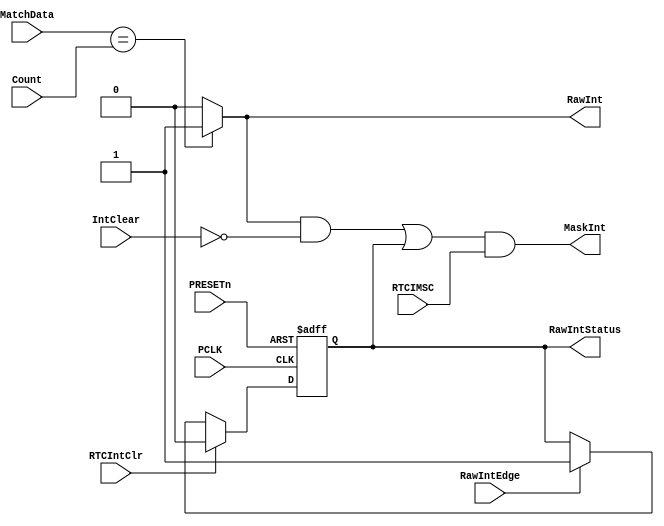
module RtcInterrupt (
                   // Inputs
                    input  	wire         PCLK,         // APB clock
                    input   wire         PRESETn,      // AMBA reset
                    input   wire [31:0]  MatchData,    // Equivalent match value
                    input   wire [31:0]  Count,        // Counter
                    input   wire         IntClear,     //
                    input   wire         RTCIMSC,      // RTC Interrupt Mask Set/Clear register
                    input   wire         RTCIntClr,    // Write enable for RTCICR
                    input 	wire         RawIntEdge,   // Asserted on low-high transition of synchronised
                                      // raw interrupt.
                    // outputs								  
                    output  reg          RawInt,       // Raw interrupt
                    output  wire         MaskInt,      // RTC interrupt
                    output  reg          RawIntStatus // Synchronised raw interrupt status
                     );


//------------------------------------------------------------------------------
//
//                             RtcInterrupt
//                             ============
//
//------------------------------------------------------------------------------
//
//==============================================================================

// -----------------------------------------------------------------------------
// Wire Declarations
// -----------------------------------------------------------------------------
wire     RawIntData;  // Raw interrupt signal gated to IntClear
wire     IntData;     // Combination interrupt signal

wire     RTCIntClr;   // Write enable for RTCICR

//------------------------------------------------------------------------------
// Register Declarations
//------------------------------------------------------------------------------

reg     NextRawIntStatus; // D-input of RawIntStatus


//------------------------------------------------------------------------------
//
// Main Verilog code
// =================
//
//------------------------------------------------------------------------------

// -----------------------------------------------------------------------------
// The Raw Interrupt is generated when the Count value and the MatchData value
// are equal.
// -----------------------------------------------------------------------------
always @(MatchData or Count)
  begin : p_CombRawInt
    if(MatchData == Count)
      RawInt = 1'b1;
    else
      RawInt = 1'b0;
  end // p_CombRawInt

//------------------------------------------------------------------------------
// Generate synchronised Raw Interrupt Status signal - Combinational
//------------------------------------------------------------------------------
always @(RTCIntClr or RawIntEdge or RawIntStatus)
  begin : p_CombRawIntStatus
    if (RTCIntClr == 1'b1)
      NextRawIntStatus = 1'b0;
    else if (RawIntEdge == 1'b1)
      NextRawIntStatus = 1'b1;
    else
      NextRawIntStatus = RawIntStatus;
  end  // p_CombRawIntStatus

//------------------------------------------------------------------------------
// Generate synchronised Raw Interrupt Status signal - Sequential
//------------------------------------------------------------------------------
always @ (posedge PCLK or negedge PRESETn)
  begin : p_SeqRawIntStatus
    if(PRESETn == 1'b0)
      RawIntStatus <= 1'b0;
    else
      RawIntStatus <= NextRawIntStatus;
  end // p_SeqRawIntStatus

// The raw interrupt is gated with the interrupt clear signal
assign RawIntData = RawInt && (!IntClear);

assign IntData = RawIntData || RawIntStatus;

assign MaskInt = IntData && RTCIMSC;


endmodule